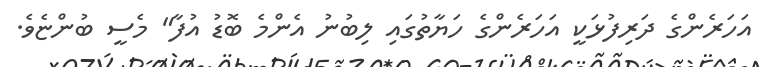
އަހަރެންގެ ދަރިފުޅަކީ އަހަރެންގެ ހަޔާތުގައި ލިބުނު އެންމެ ބޮޑު އުފާ" މެސީ ބުންޏެވެ.